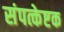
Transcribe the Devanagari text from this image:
संपत्केष्टक